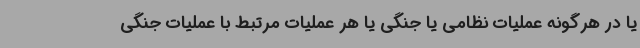
یا در هرگونه عملیات نظامی یا جنگی یا هر عملیات مرتبط با عملیات جنگی